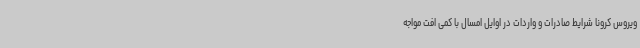
ویروس کرونا شرایط صادرات و واردات در اوایل امسال با کمی افت مواجه